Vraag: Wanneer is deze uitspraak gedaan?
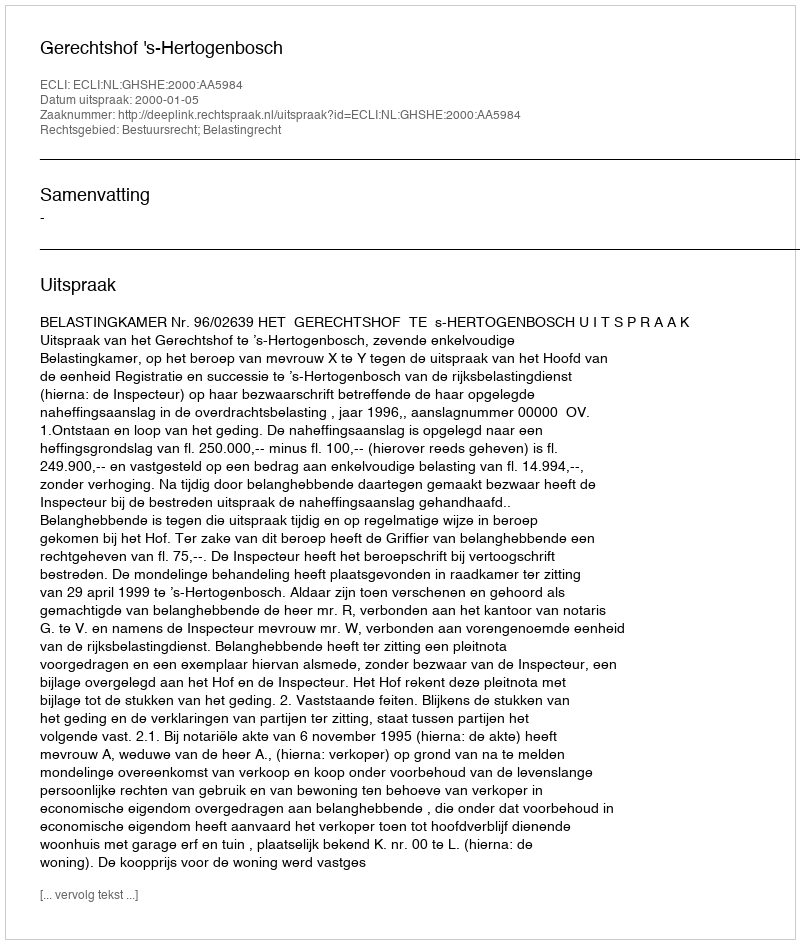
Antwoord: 2000-01-05